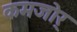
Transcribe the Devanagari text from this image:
कमजोर्